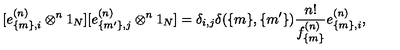
[ e _ { \{ m \} , i } ^ { ( n ) } \otimes ^ { n } 1 _ { N } ] [ e _ { \{ m ^ { \prime } \} , j } ^ { ( n ) } \otimes ^ { n } 1 _ { N } ] = \delta _ { i , j } \delta ( \{ m \} , \{ m ^ { \prime } \} ) \frac { n ! } { f _ { \{ m \} } ^ { ( n ) } } e _ { \{ m \} , i } ^ { ( n ) } ,